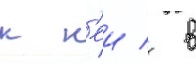
к н'еи / в